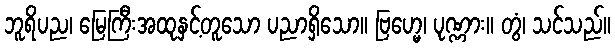
ဘူရိပည၊ မြေကြီးအထုနှင့်တူသော ပညာရှိသော။ ဗြဟ္မေ၊ ပုဏ္ဏား။ တွံ၊ သင်သည်။